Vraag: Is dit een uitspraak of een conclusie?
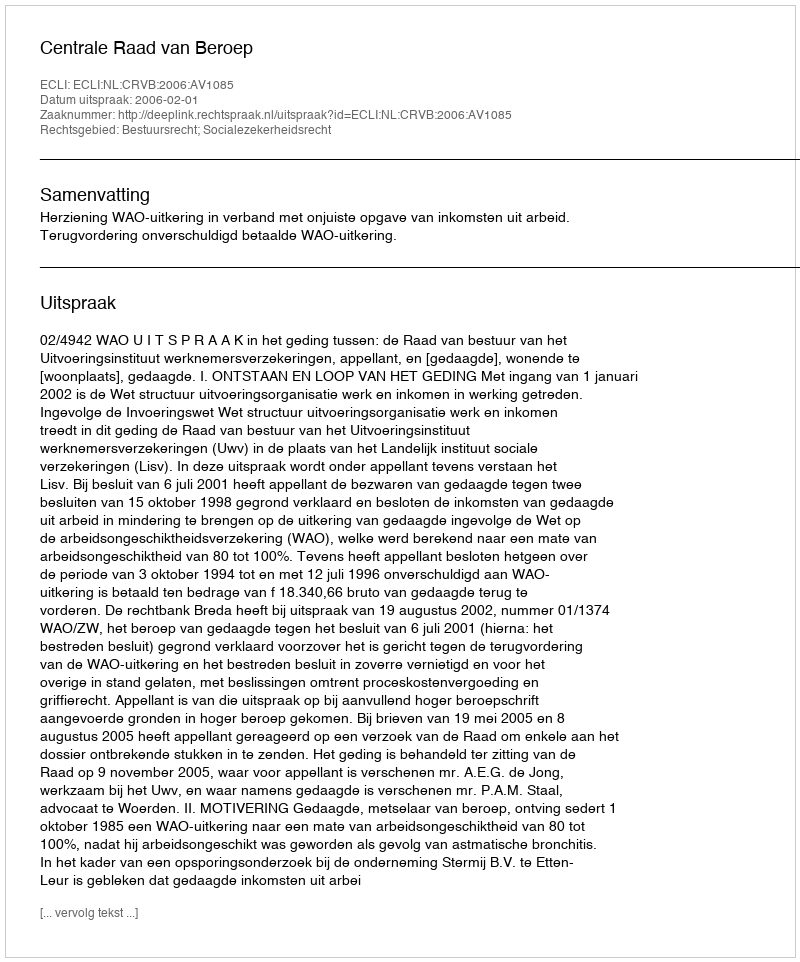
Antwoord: Uitspraak